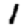
Digit: 1